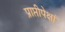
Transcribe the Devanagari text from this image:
प्राप्तीपेक्षां